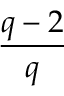
\frac { q - 2 } { q }